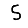
Digit: 5